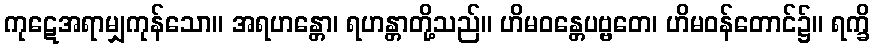
ကုဋေအရာမျှကုန်သော။ အရဟန္တော၊ ရဟန္တာတို့သည်။ ဟိမဝန္တေပဗ္ဗတေ၊ ဟိမဝန်တောင်၌။ ရက္ခိ